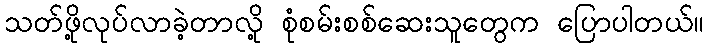
သတ်ဖို့လုပ်လာခဲ့တာလို့ စုံစမ်းစစ်ဆေးသူတွေက ပြောပါတယ်။